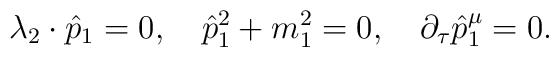
\lambda _2\cdot \hat{p}_1=0,\quad \hat{p}_1^2+m_1^2=0,\quad \partial _\tau \hat{p}_1^\mu =0.